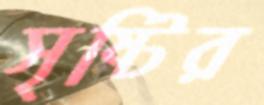
সৃষ্টির